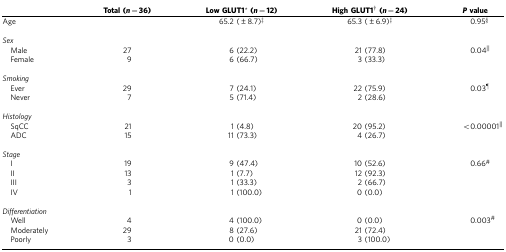
<table><thead><tr><td><b> </b></td><td><b>Total (<i>n</i>=36)</b></td><td><b>Low GLUT1*(<i>n</i>=12)</b></td><td><b>High GLUT1†(<i>n</i>=24)</b></td><td><b><i>P</i>value</b></td></tr></thead><tbody><tr><td>Age</td><td> </td><td>65.2 (±8.7)‡</td><td>65.3 (±6.9)‡</td><td>0.95§</td></tr><tr><td> </td><td> </td><td> </td><td> </td><td> </td></tr><tr><td colspan="5"><i>Sex</i></td></tr><tr><td> Male</td><td>27</td><td>6 (22.2)</td><td>21 (77.8)</td><td>0.04||</td></tr><tr><td> Female</td><td>9</td><td>6 (66.7)</td><td>3 (33.3)</td><td> </td></tr><tr><td> </td><td> </td><td> </td><td> </td><td> </td></tr><tr><td colspan="5"><i>Smoking</i></td></tr><tr><td> Ever</td><td>29</td><td>7 (24.1)</td><td>22 (75.9)</td><td>0.03¶</td></tr><tr><td> Never</td><td>7</td><td>5 (71.4)</td><td>2 (28.6)</td><td> </td></tr><tr><td> </td><td> </td><td> </td><td> </td><td> </td></tr><tr><td colspan="5"><i>Histology</i></td></tr><tr><td> SqCC</td><td>21</td><td>1 (4.8)</td><td>20 (95.2)</td><td>&lt;0.00001||</td></tr><tr><td> ADC</td><td>15</td><td>11 (73.3)</td><td>4 (26.7)</td><td> </td></tr><tr><td> </td><td> </td><td> </td><td> </td><td> </td></tr><tr><td colspan="5"><i>Stage</i></td></tr><tr><td> I</td><td>19</td><td>9 (47.4)</td><td>10 (52.6)</td><td>0.66#</td></tr><tr><td> II</td><td>13</td><td>1 (7.7)</td><td>12 (92.3)</td><td> </td></tr><tr><td> III</td><td>3</td><td>1 (33.3)</td><td>2 (66.7)</td><td> </td></tr><tr><td> IV</td><td>1</td><td>1 (100.0)</td><td>0 (0.0)</td><td> </td></tr><tr><td> </td><td> </td><td> </td><td> </td><td> </td></tr><tr><td colspan="5"><i>Differentiation</i></td></tr><tr><td> Well</td><td>4</td><td>4 (100.0)</td><td>0 (0.0)</td><td>0.003#</td></tr><tr><td> Moderately</td><td>29</td><td>8 (27.6)</td><td>21 (72.4)</td><td> </td></tr><tr><td> Poorly</td><td>3</td><td>0 (0.0)</td><td>3 (100.0)</td><td> </td></tr></tbody></table>